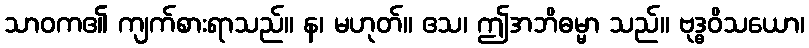
သာဝက၏ ကျက်စားရာသည်။ န၊ မဟုတ်။ ဧသ၊ ဤအဘိဓမ္မာ သည်။ ဗုဒ္ဓဝိသယော၊